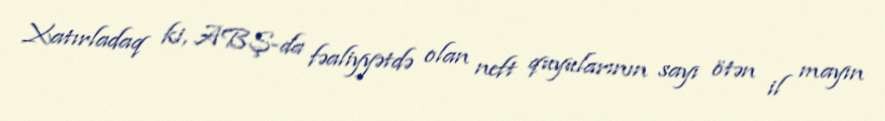
Xatırladaq ki, ABŞ-da fəaliyyətdə olan neft quyularının sayı ötən il mayın